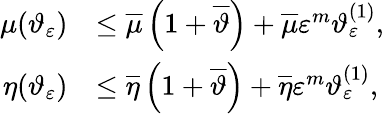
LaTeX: \begin{array}{rl}{\mu(\vartheta_{\varepsilon})}&{\leq\overline{{\mu}}\left(1+\overline{{\vartheta}}\right)+\overline{{\mu}}\varepsilon^{m}\vartheta_{\varepsilon}^{(1)},}\\ {\eta(\vartheta_{\varepsilon})}&{\leq\overline{{\eta}}\left(1+\overline{{\vartheta}}\right)+\overline{{\eta}}\varepsilon^{m}\vartheta_{\varepsilon}^{(1)},}\end{array}